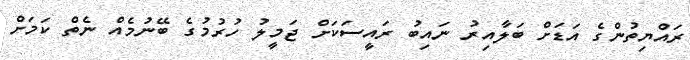
ރައްޔިތުންގެ އަޑަށް ބަލާއިރު ނައިބު ރައީސަކަށް ޖަމީލު ހުރުމުގެ ބޭނުމެއް ނެތް ކަމަށް